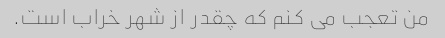
من تعجب می کنم که چقدر از شهر خراب است.